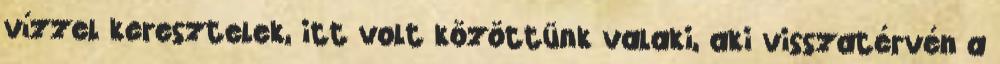
vízzel keresztelek, itt volt közöttünk valaki, aki visszatérvén a